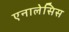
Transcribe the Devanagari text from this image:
एनालेसिस